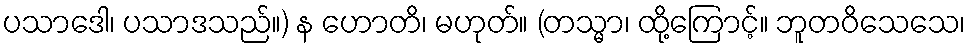
ပသာဒေါ၊ ပသာဒသည်။) န ဟောတိ၊ မဟုတ်။ (တသ္မာ၊ ထို့ကြောင့်။ ဘူတဝိသေသေ၊